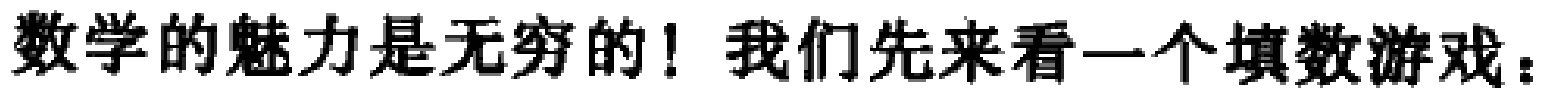
数学的魅力是无穷的！我们先来看一个填数游戏：